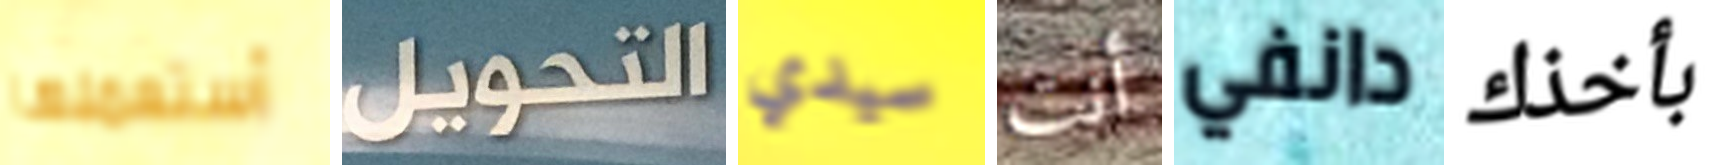
أستعملها التحويل سيدي أنت دانفي بأخذك